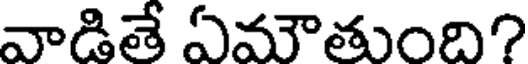
వాడితే ఏమౌతుంది?